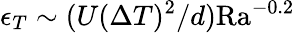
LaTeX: \epsilon_{T}\sim(U(\Delta T)^{2}/d)\mathrm{Ra}^{-0.2}